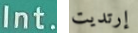
Int. إرتديت